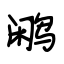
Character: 鹇